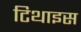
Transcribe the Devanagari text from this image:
टिथाइस